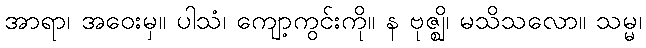
အာရာ၊ အဝေးမှ။ ပါသံ၊ ကျော့ကွင်းကို။ န ဗုဇ္ဈိ၊ မသိသလော။ သမ္မ၊